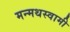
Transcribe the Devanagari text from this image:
मन्मथस्वामी